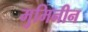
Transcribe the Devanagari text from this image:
मुमिनीन